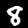
Label: 8